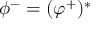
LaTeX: \phi ^ { - } = ( \varphi ^ { + } ) ^ { * }